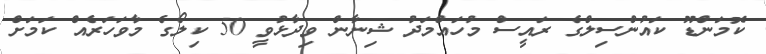
ކޮމަންޑޫ ކައުންސިލްގެ ރައީސް މުހައްމަދު ޝިނާން ވިދާޅުވީ 50 ކިލޯގެ މާވަހަރެއް ކަމަށް